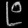
Digit: ၉